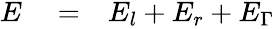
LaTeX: \begin{array}{rlr}{E}&{{}=}&{E_{l}+E_{r}+E_{\Gamma}}\end{array}